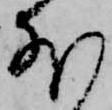
外